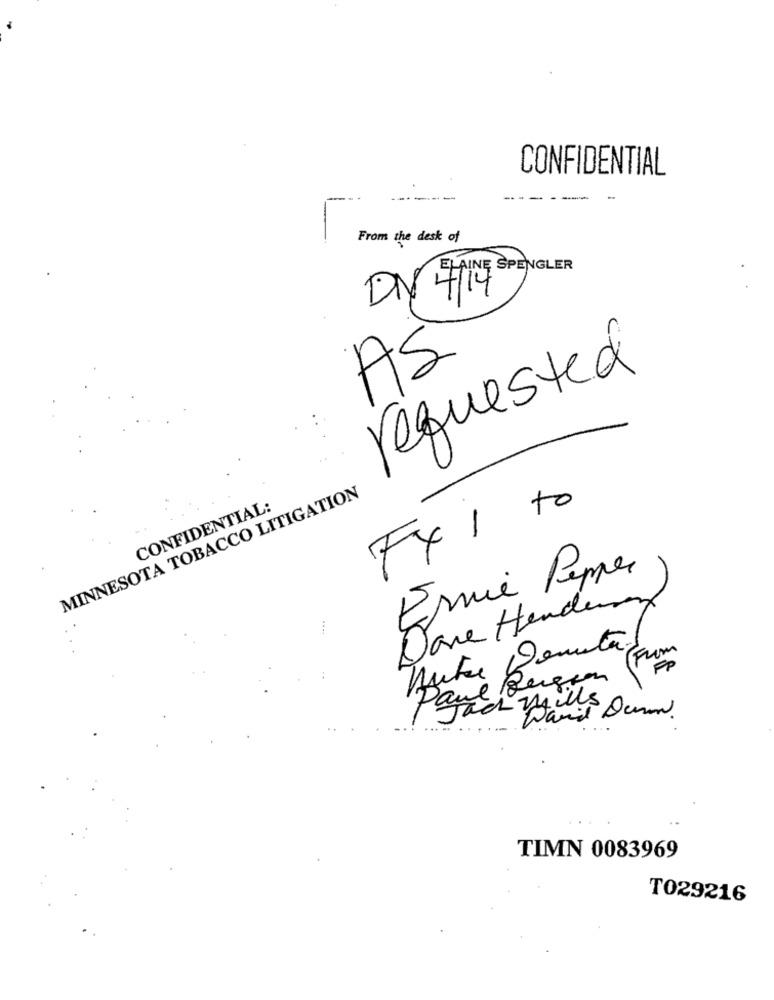
CONFIDENTIAL
From the desk of
EL AINE SPENGLER
DN 4/14
AS
requested
MINNESOTA TOBACCO LITIGATION
CONFIDENTIAL:
Fx 1 to
Ernie Pepper
Dave Hendeung
Paraich Wills Dunn.
TIMN 0083969
T029216